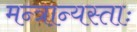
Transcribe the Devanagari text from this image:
मन्त्रान्यस्ताः